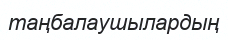
таңбалаушылардың